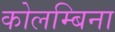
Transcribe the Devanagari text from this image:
कोलम्बिना